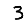
Digit: 3